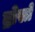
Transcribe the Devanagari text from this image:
द्रोस्ते